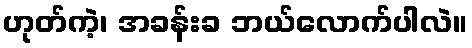
ဟုတ်ကဲ့၊ အခန်းခ ဘယ်လောက်ပါလဲ။